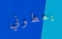
يعطوني